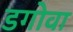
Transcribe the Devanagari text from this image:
डगोवा